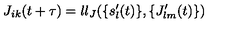
J _ { i k } ( t + \tau ) = l l _ { J } ( \{ s _ { l } ^ { \prime } ( t ) \} , \{ J _ { l m } ^ { \prime } ( t ) \} )